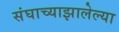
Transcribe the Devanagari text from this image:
संघाच्याझालेल्या